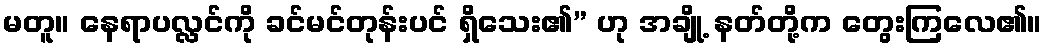
မတူ။ နေရာပလ္လင်ကို ခင်မင်တုန်းပင် ရှိသေး၏” ဟု အချို့ နတ်တို့က တွေးကြလေ၏။